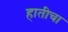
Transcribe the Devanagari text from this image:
हातीचा